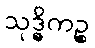
သုဒ္ဓိကဉ္စ